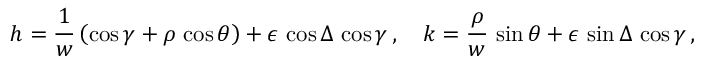
h = \frac { 1 } { w } \left( \cos \gamma + \rho \, \cos \theta \right) + \epsilon \, \cos \Delta \, \cos \gamma \, , \quad k = \frac { \rho } { w } \, \sin \theta + \epsilon \, \sin \Delta \, \cos \gamma \, ,